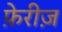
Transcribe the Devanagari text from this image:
फ़ेरीज़